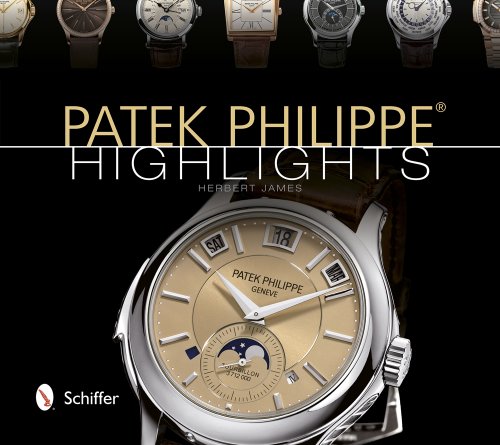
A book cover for Patek Philippe Highlights; Herbert James; Crafts, Hobbies & Home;